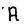
Character: A